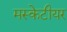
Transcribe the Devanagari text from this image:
मस्केटीयर